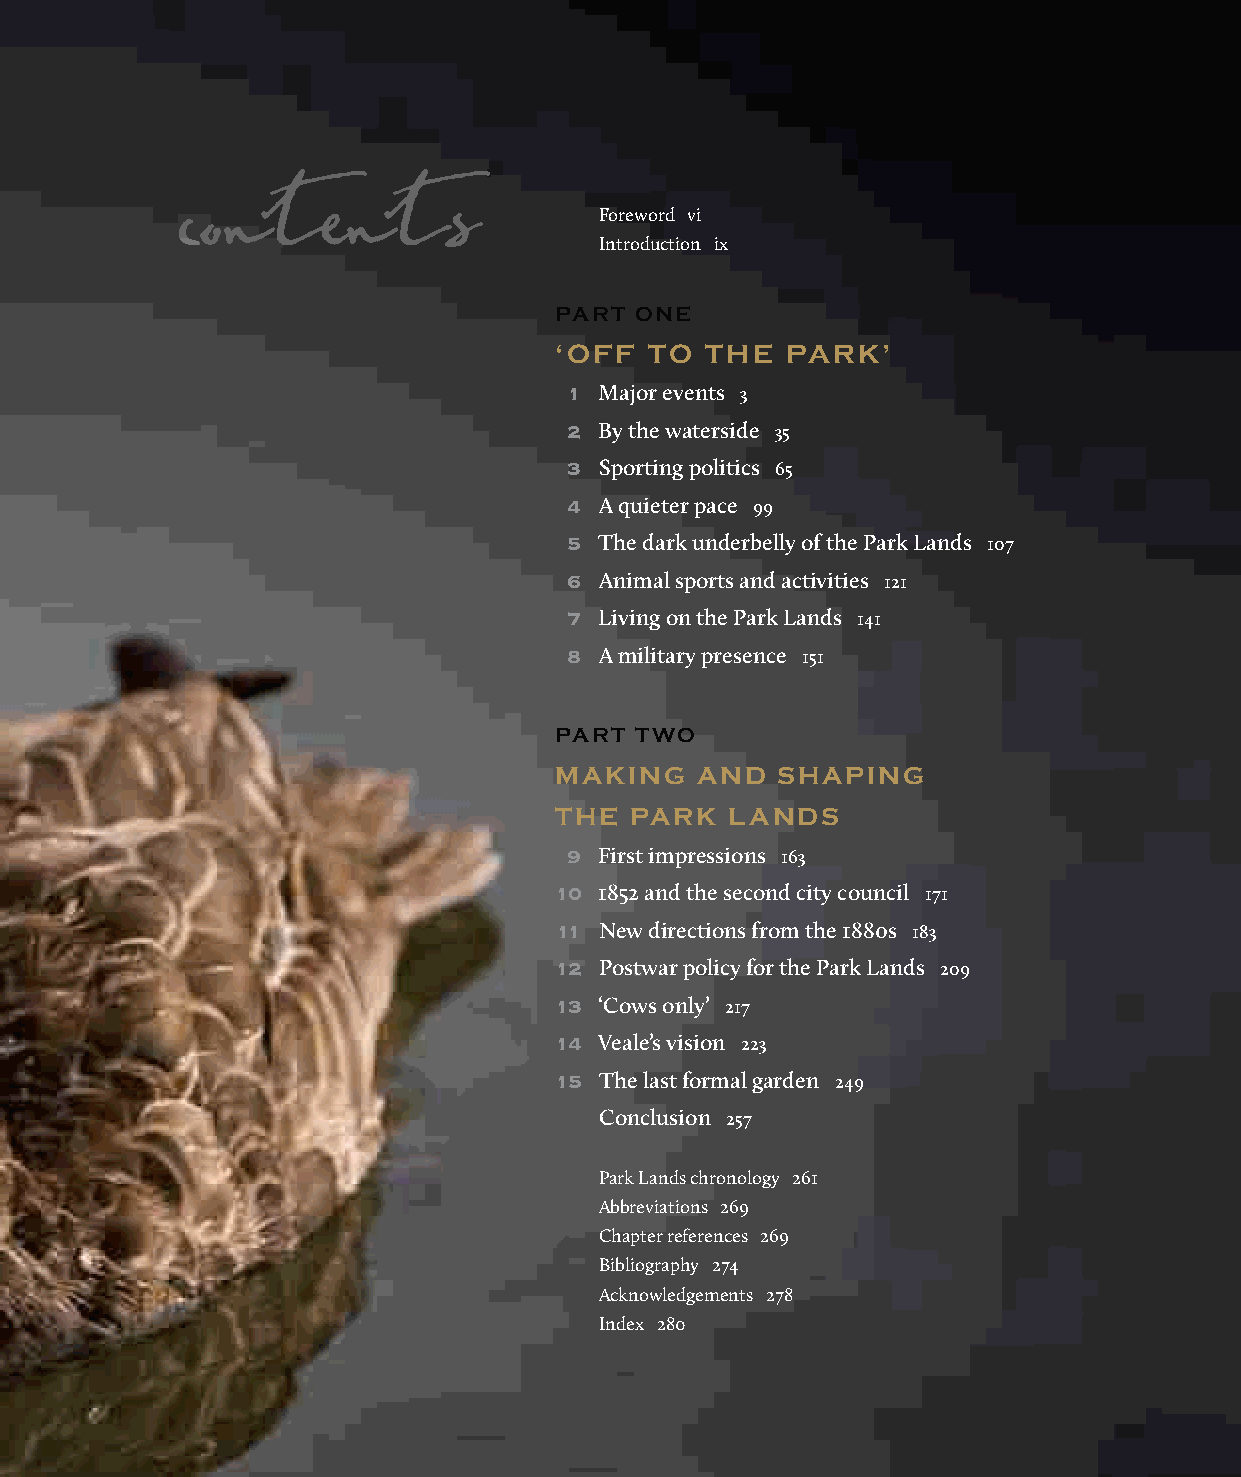
Foreword vi
 contents                    Introduction ix
 PArT one
 ‘oFF  To  The  PArk’
 1  Major events 3
 2  By the waterside 35
 3  Sporting politics 65
 4  A quieter pace 99
 5  The dark underbelly of the Park Lands 107
 6  Animal sports and activities 121
 7  Living on the Park Lands 141
 8  A military presence 151
 PArT Two
 MAkinG   And  shAPinG
 The  PArk  lAnds
 9  First impressions 163
 10 1852 and the second city council 171
 11 New directions from the 1880s 183
 12 Postwar policy for the Park Lands 209
 13 ‘Cows only’ 217
 14 Veale’s vision 223
 15 The last formal garden 249
 Conclusion 257
 Park Lands chronology 261
 Abbreviations 269
 Chapter references 269
 Bibliography 274
 Acknowledgements 278
 Index 280